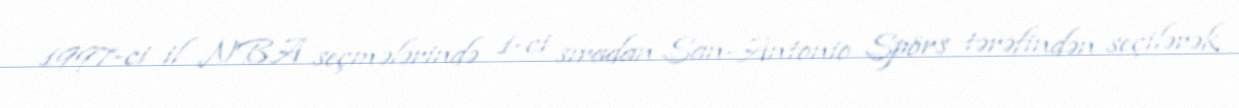
1997-ci il NBA seçmələrində 1-ci sıradan San-Antonio Spörs tərəfindən seçilərək